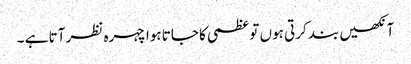
آنکھیں بند کرتی ہوں تو عظمی کا جاتا ہوا چہرہ نظر آتا ہے ۔